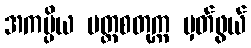
အကပ္ပိယ ပတ္တစတုက္က မှတ်ဖွယ်